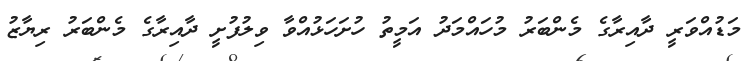
މަޑުއްވަރީ ދާއިރާގެ މެންބަރު މުހައްމަދު އަމީތު ހުށަހަޅުއްވާ ވިލުފުށީ ދާއިރާގެ މެންބަރު ރިޔާޒު